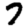
Digit: 7